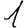
Digit: 1